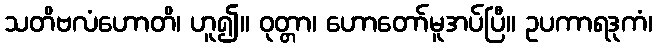
သတိဗလံဟောတိ၊ ဟူ၍။ ဝုတ္တာ၊ ဟောတော်မူအပ်ပြီ။ ဥပကာရဒုကံ၊